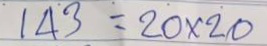
143 = 20 x 20